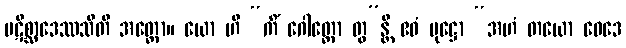
ပဋိစ္ဆာဒေဿသီတိ အတ္ထော။ ယော ဟိ “ကိံ ဂေါတ္တော တွ”န္တိ ဧဝံ ပုဋ္ဌော “အဟံ တယော ဝေဒေ